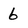
Character: 6